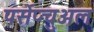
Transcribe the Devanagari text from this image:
पर्सेप्चुअल